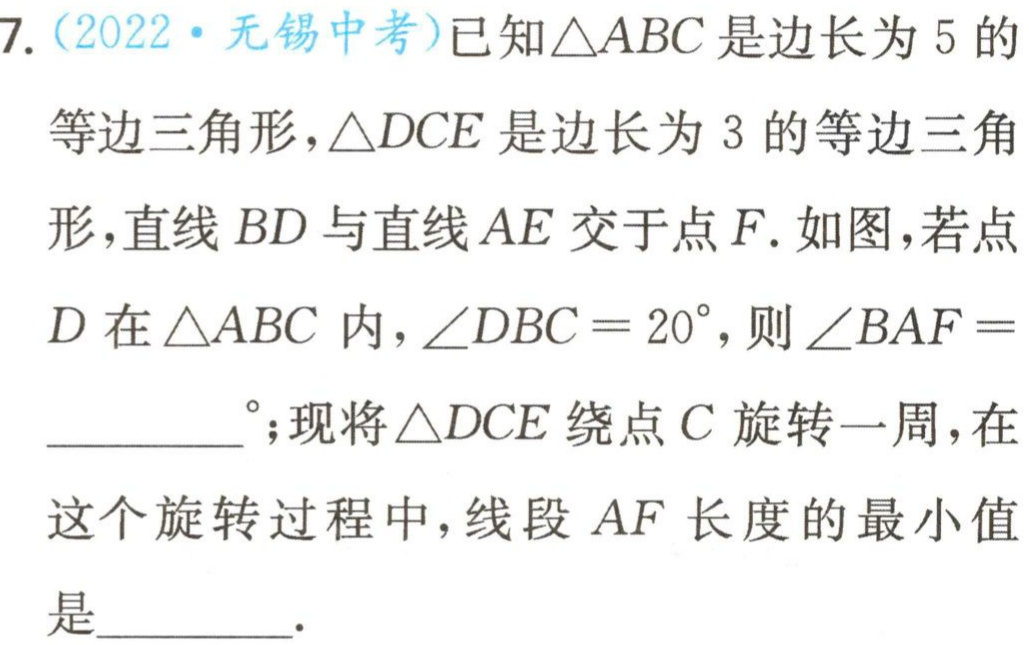
7.（2022·无锡中考）已知\(\triangle ABC\)是边长为\(5\)的等边三角形，\(\triangle DCE\)是边长为\(3\)的等边三角形，直线\(BD\)与直线\(AE\)交于点\(F\). 如图，若点\(D\)在\(\triangle ABC\)内，\(\angle DBC = 20^{\circ}\)，则\(\angle BAF =\)  °；现将\(\triangle DCE\)绕点\(C\)旋转一周，在这个旋转过程中，线段\(AF\)长度的最小值是  .